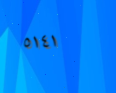
٥١٤١